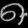
Digit: ၈